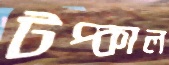
টপ্‌কাল